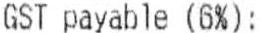
GST PAYABLE (6%):